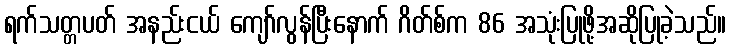
ရက်သတ္တပတ် အနည်းငယ် ကျော်လွန်ပြီးနောက် ဂိတ်စ်က 86 အသုံးပြုဖို့အဆိုပြုခဲ့သည်။